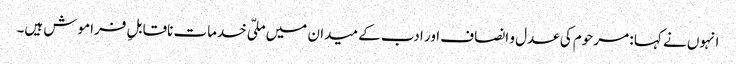
انہوں نے کہا : مرحوم کی عدل و انصاف اور ادب کے میدان میں ملّی خدمات ناقابلِ فراموش ہیں۔